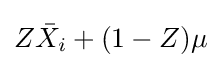
Z{\bar {X}}_{i}+(1-Z)\mu